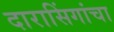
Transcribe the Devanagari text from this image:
दारासिंगांचा